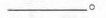
___。